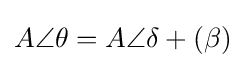
A\angle \theta =A\angle \delta +(\beta )